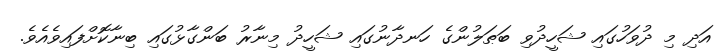
އަދި މި ދުވަހުގައި ޝަހީދުވި ބަޠަލުންގެ ހަނދާނުގައި ޝަހީދު މިނާރު ބަންގާޅުގައި ބިނާކޮށްފައިވެއެވެ.